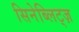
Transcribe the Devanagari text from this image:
सिनेब्लिट्ज़